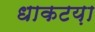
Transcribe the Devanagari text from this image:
धाकटय़ा